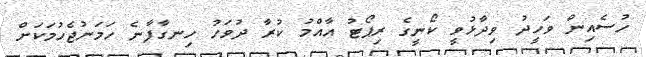
ހުސެއިން ވަހީދު ވިދާޅުވީ ކޯނީގެ ރިޕޯޓު އާއްމު ކުރާ ދުވަހު ހިނގާފާނެ ހަމަނުޖެހުމަކަށް